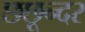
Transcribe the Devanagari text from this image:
छछून्दर